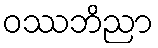
ဝဿဘိညာ